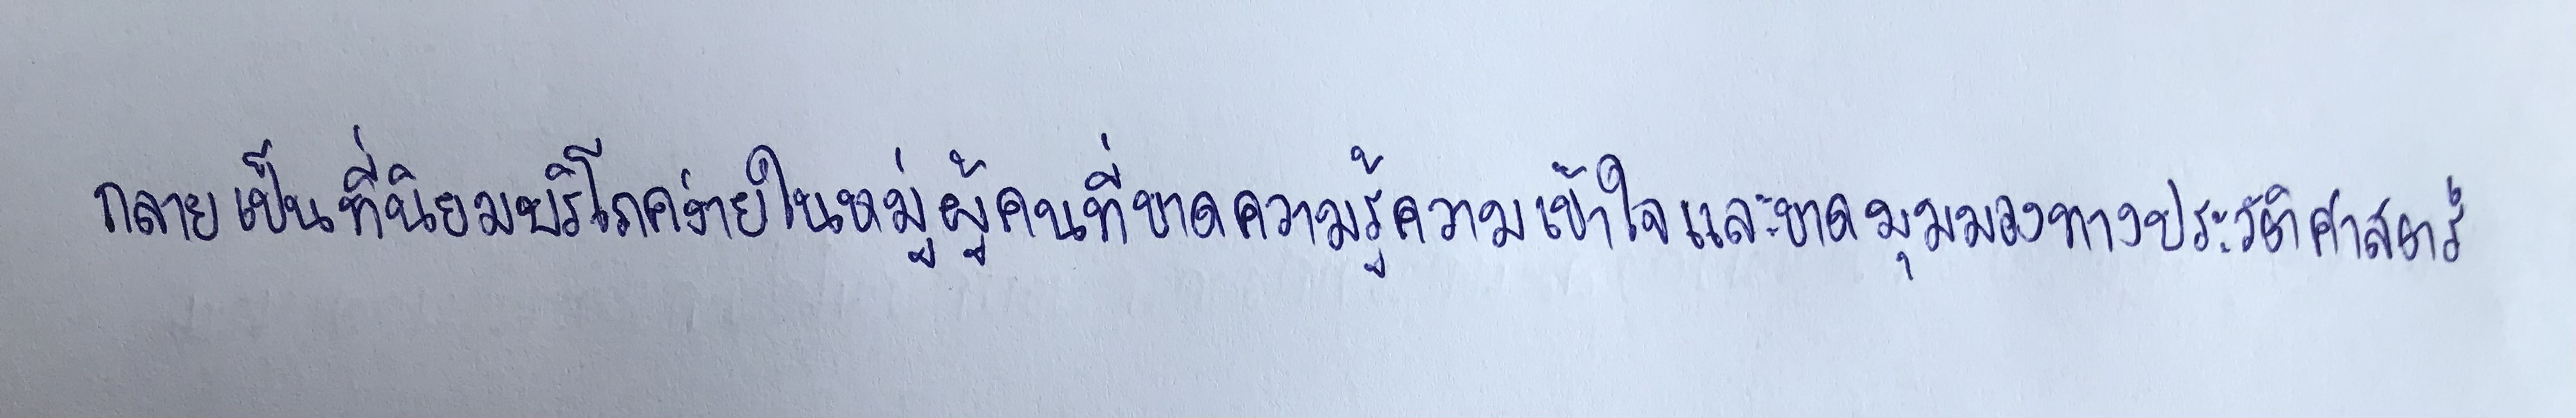
กลายเป็นที่นิยมบริโภคง่ายในหมู่ผู้คนที่ขาดความรู้ความเข้าใจและขาดมุมมองทางประวัติศาสตร์